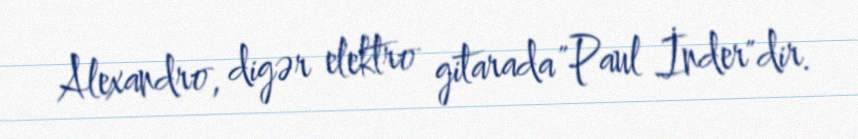
Alexandro, digər elektro gitarada "Paul İnder"dir.